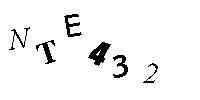
NTE432